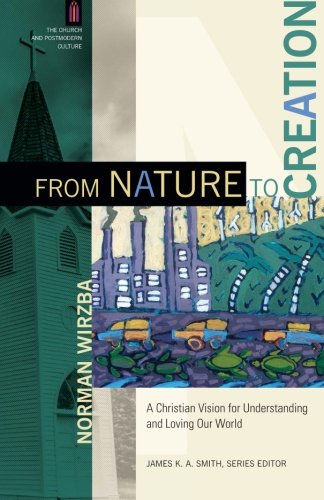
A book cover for From Nature to Creation: A Christian Vision for Understanding and Loving Our World (The Church and Postmodern Culture); Norman Wirzba; Christian Books & Bibles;